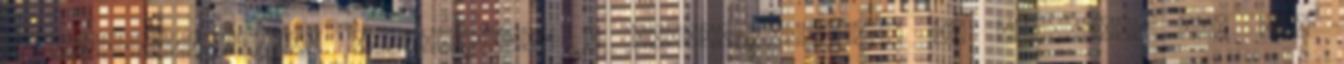
a káderkiválasztás alapmotívuma a kontra­sze­­lekció. Ha belépnék, azt nem